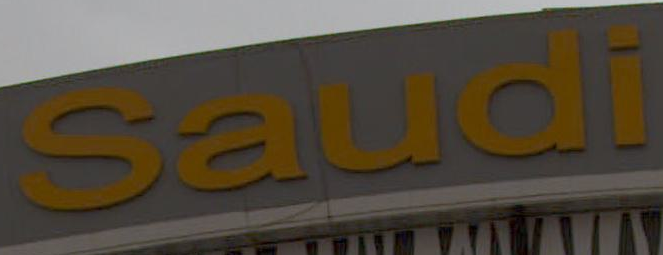
Saudi